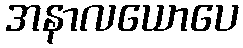
အနာလယောပေ